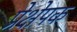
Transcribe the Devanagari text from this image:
प्रेक्षेपक